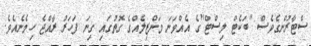
ސްޓާރުންގެވެސް "ބަކެޓް ލިސްޓް"ގެ އެއްވަނަ މަންޒިލެއްގެ ގޮތުގައި ގިނަ ފަހަރު ރާއްޖެ ހިމެނެއެވެ.